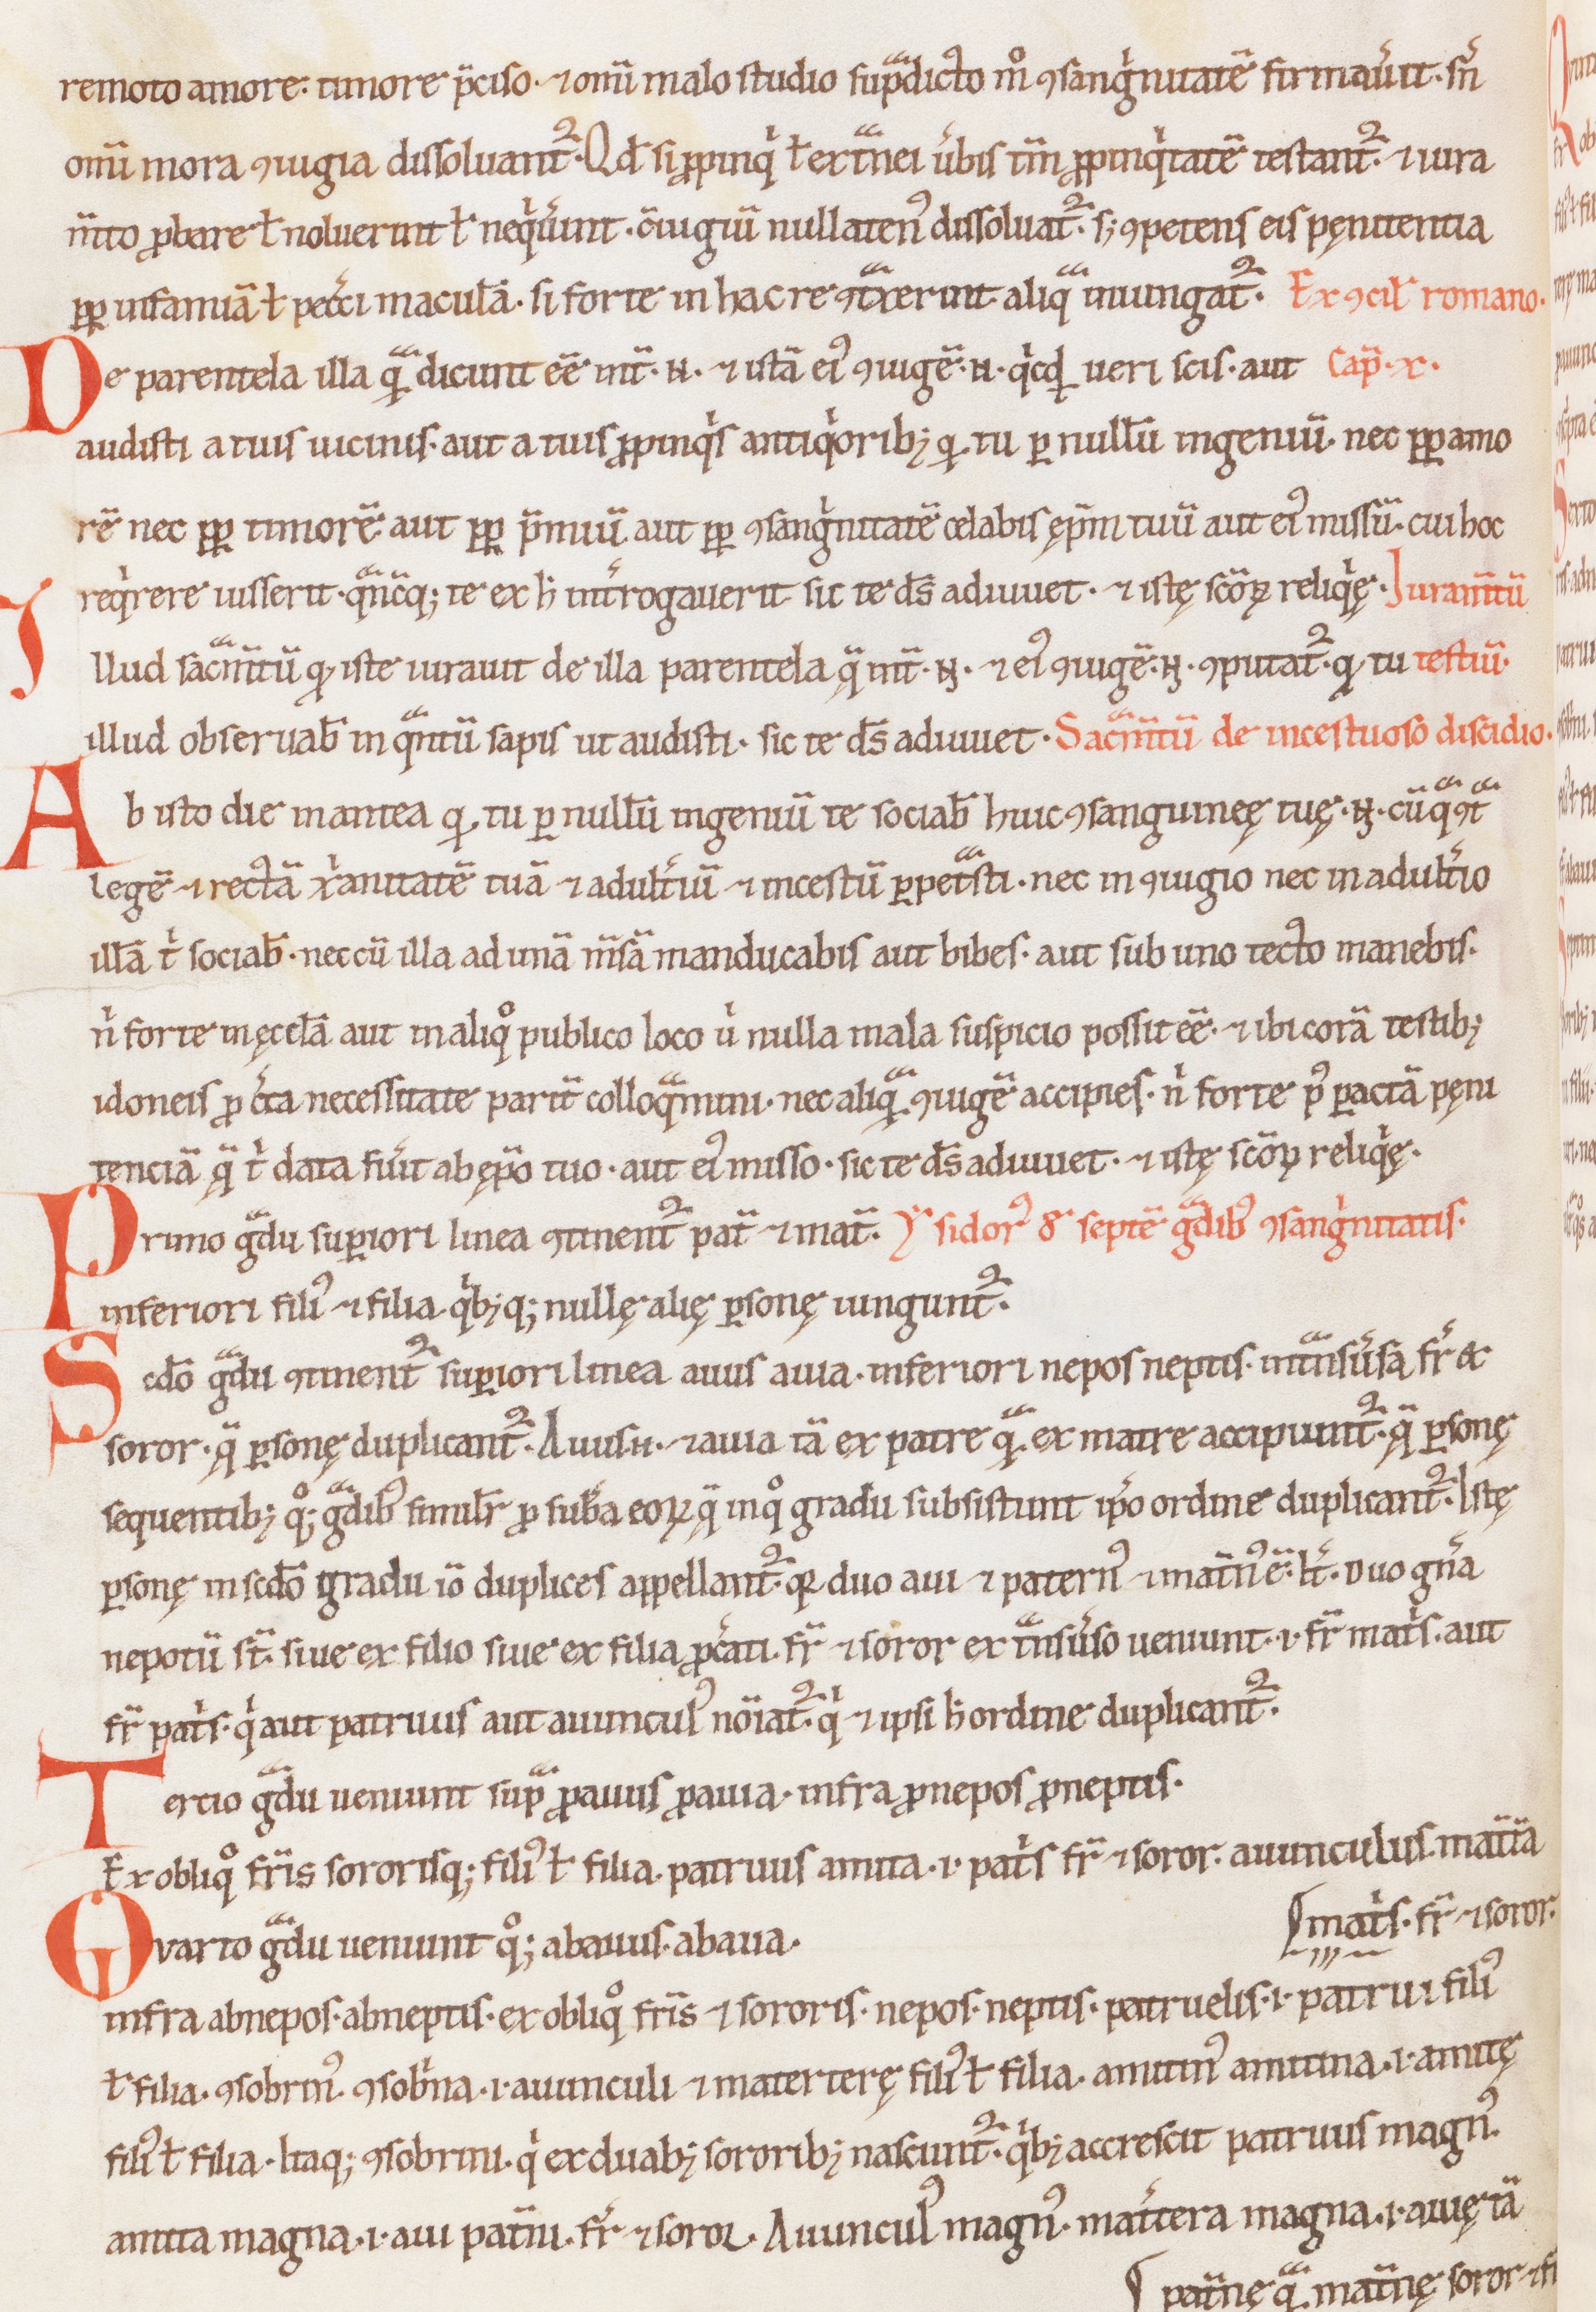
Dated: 1100–1199